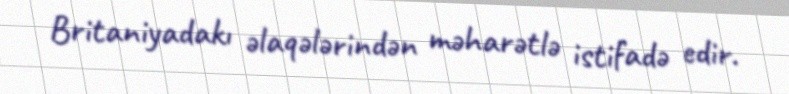
Britaniyadakı əlaqələrindən məharətlə istifadə edir.